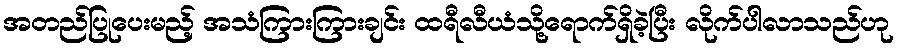
အတည်ပြုပေးမည့် အသံကြားကြားချင်း ထရီလီယံသို့ရောက်ရှိခဲ့ပြီး လိုက်ပါလာသည်ဟု